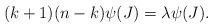
LaTeX: \begin{align*} (k+1)(n-k)\psi(J)=\lambda\psi(J).\end{align*}